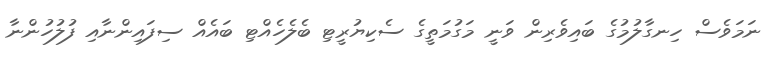
ނަމަވެސް ހިނގާލުމުގެ ބައިވެރިން ވަނީ މަގުމަތީގެ ސެކިޔުރީޓި ބެލެހެއްޓި ބައެއް ސިފައިންނާއި ފުލުހުންނާ